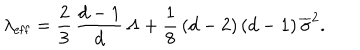
\lambda _ { \mathrm { e f f } } = \frac { 2 } { 3 } \, \frac { d - 1 } { d } \, \Lambda + \frac { 1 } { 8 } \, ( d - 2 ) \, ( d - 1 ) \, \overline { { { \sigma } } } ^ { 2 } .